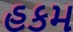
હકમ